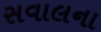
સવાલના